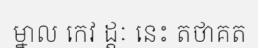
ម្នាល កេវ ដ្តៈ នេះ តថាគត